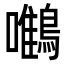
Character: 𪄼